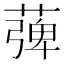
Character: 𦹽